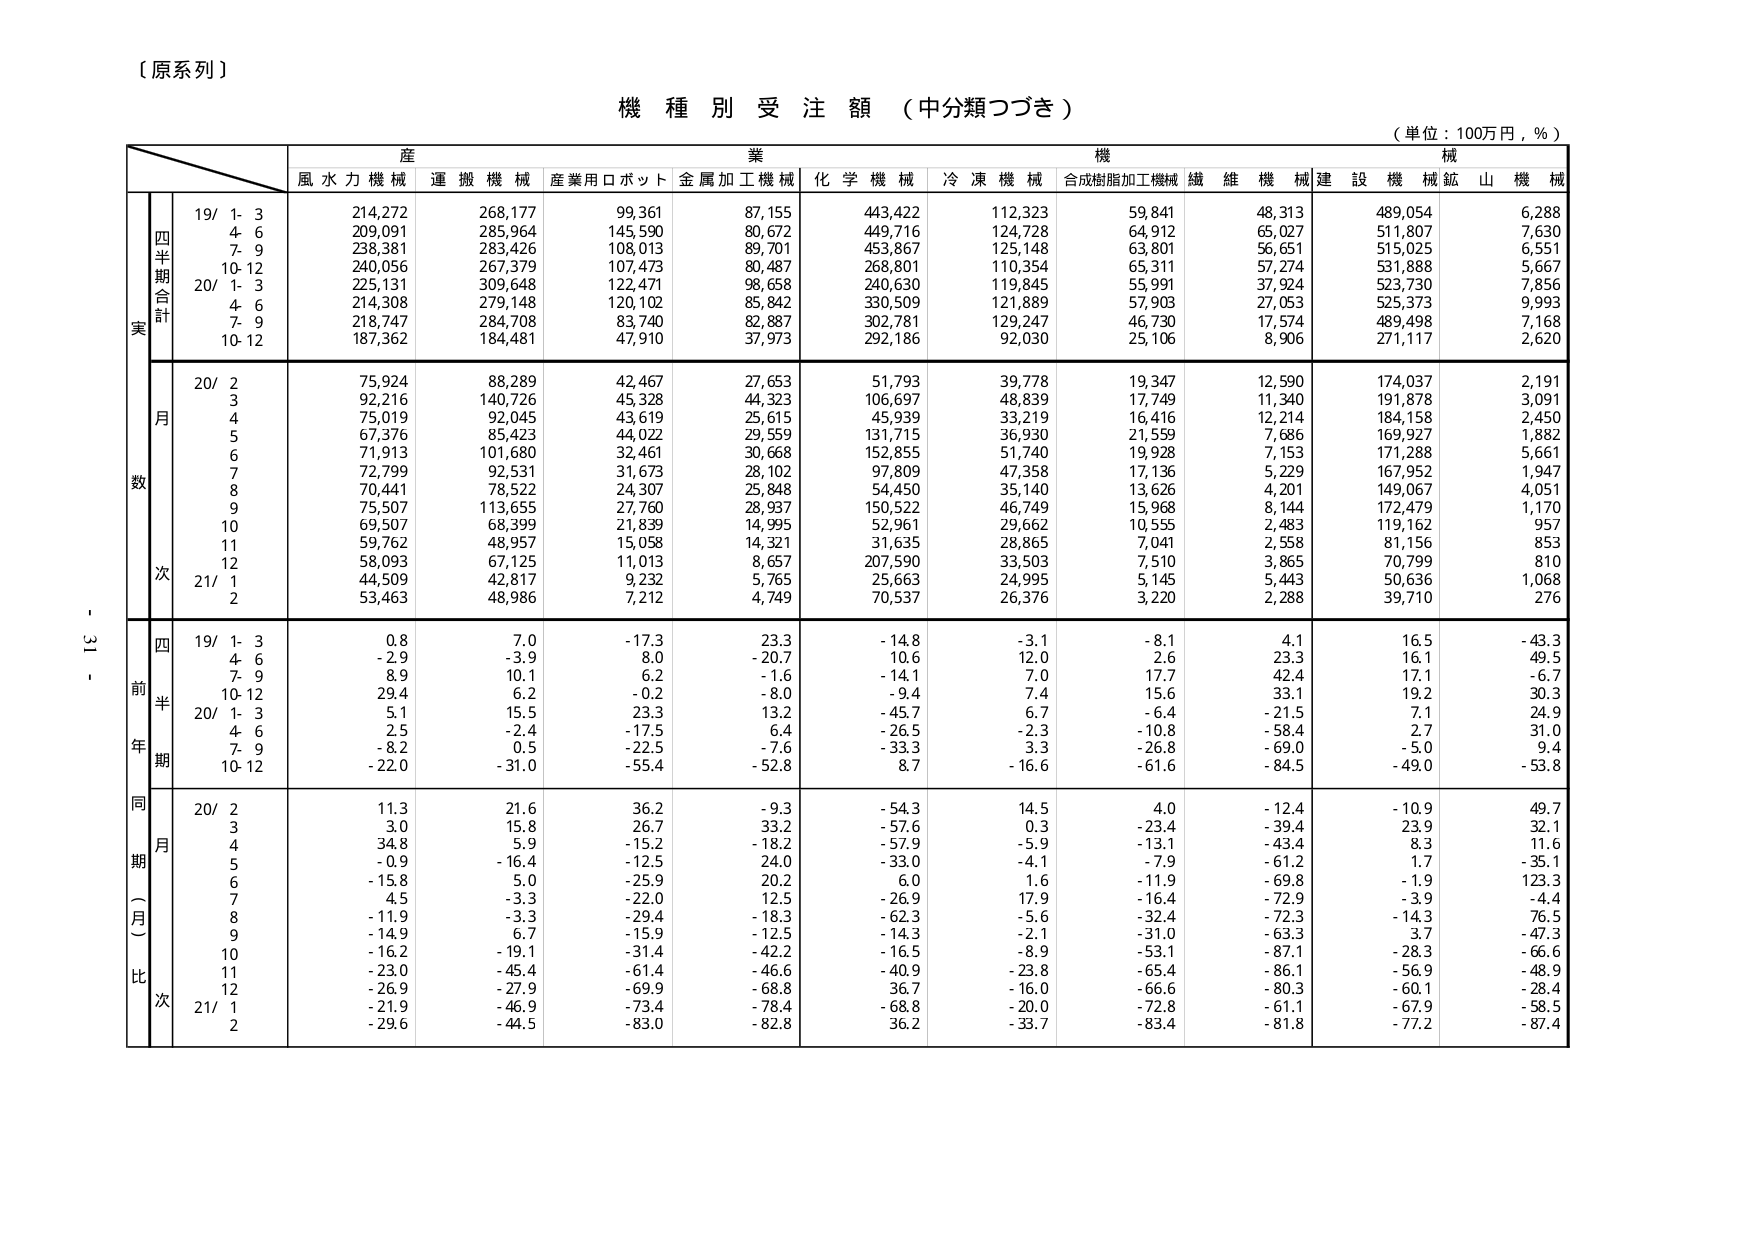
【原系列】

機種別受注額（中分類つづき）

（単位：100万円，％）